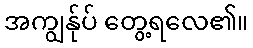
အကျွန်ုပ် တွေ့ရလေ၏။